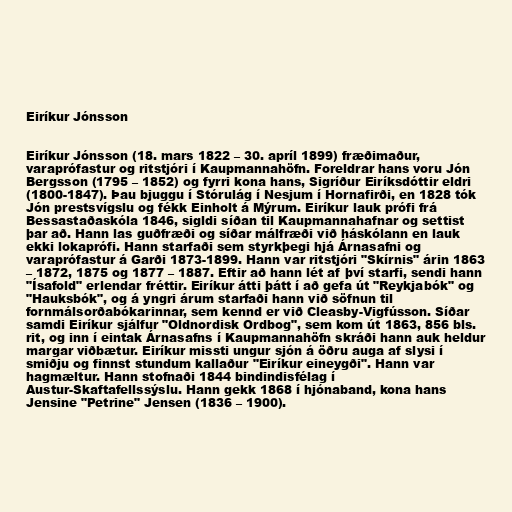
Eiríkur Jónsson

Eiríkur Jónsson (18. mars 1822 – 30. apríl 1899) fræðimaður,
varaprófastur og ritstjóri í Kaupmannahöfn. Foreldrar hans voru Jón
Bergsson (1795 – 1852) og fyrri kona hans, Sigríður Eiríksdóttir eldri
(1800-1847). Þau bjuggu í Stórulág í Nesjum í Hornafirði, en 1828 tók
Jón prestsvígslu og fékk Einholt á Mýrum. Eiríkur lauk prófi frá
Bessastaðaskóla 1846, sigldi síðan til Kaupmannahafnar og settist
þar að. Hann las guðfræði og síðar málfræði við háskólann en lauk
ekki lokaprófi. Hann starfaði sem styrkþegi hjá Árnasafni og
varaprófastur á Garði 1873-1899. Hann var ritstjóri "Skírnis" árin 1863
– 1872, 1875 og 1877 – 1887. Eftir að hann lét af því starfi, sendi hann
"Ísafold" erlendar fréttir. Eiríkur átti þátt í að gefa út "Reykjabók" og
"Hauksbók", og á yngri árum starfaði hann við söfnun til
fornmálsorðabókarinnar, sem kennd er við Cleasby-Vigfússon. Síðar
samdi Eiríkur sjálfur "Oldnordisk Ordbog", sem kom út 1863, 856 bls.
rit, og inn í eintak Árnasafns í Kaupmannahöfn skráði hann auk heldur
margar viðbætur. Eiríkur missti ungur sjón á öðru auga af slysi í
smiðju og finnst stundum kallaður "Eiríkur eineygði". Hann var
hagmæltur. Hann stofnaði 1844 bindindisfélag í
Austur-Skaftafellssýslu. Hann gekk 1868 í hjónaband, kona hans
Jensine "Petrine" Jensen (1836 – 1900).